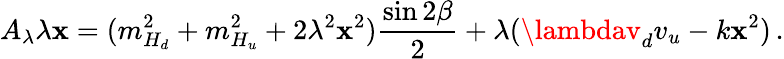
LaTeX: A_{\lambda}\lambda\mathbf{x}=(m_{H_{d}}^{2}+m_{H_{u}}^{2}+2\lambda^{2}\mathbf{x}^{2})\frac{{\sin2\beta}}{{2}}+\lambda(\lambdav_{d}v_{u}-k\mathbf{x}^{2})\, .